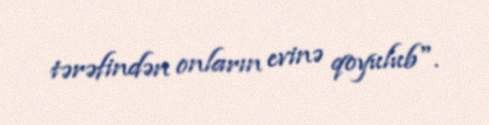
tərəfindən onların evinə qoyulub".